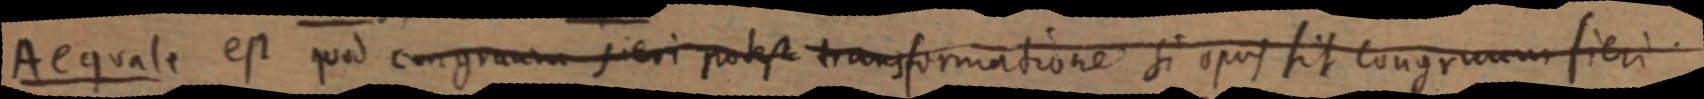
Aequale est quod congruum fieri potest transformatione si opus sit congruum fieri.